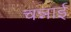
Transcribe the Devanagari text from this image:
चन्नाई